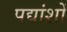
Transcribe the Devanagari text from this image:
पद्यांशों